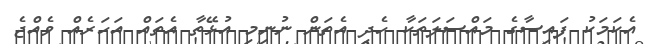
އެކަމަކު ފައިސާގެ މައްސަލަތަކާ ހެދި އެތަން ނުނިމި އުޅޭތާ އެތައް އަހަރެއް ވެއްޖެ